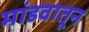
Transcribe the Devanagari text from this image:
मांडवातून